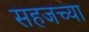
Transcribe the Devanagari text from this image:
सहजच्या